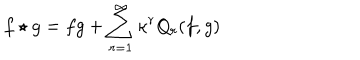
LaTeX: f \star g = f g + \sum _ { r = 1 } ^ { \infty } \kappa ^ { r } Q _ { r } ( f , g )